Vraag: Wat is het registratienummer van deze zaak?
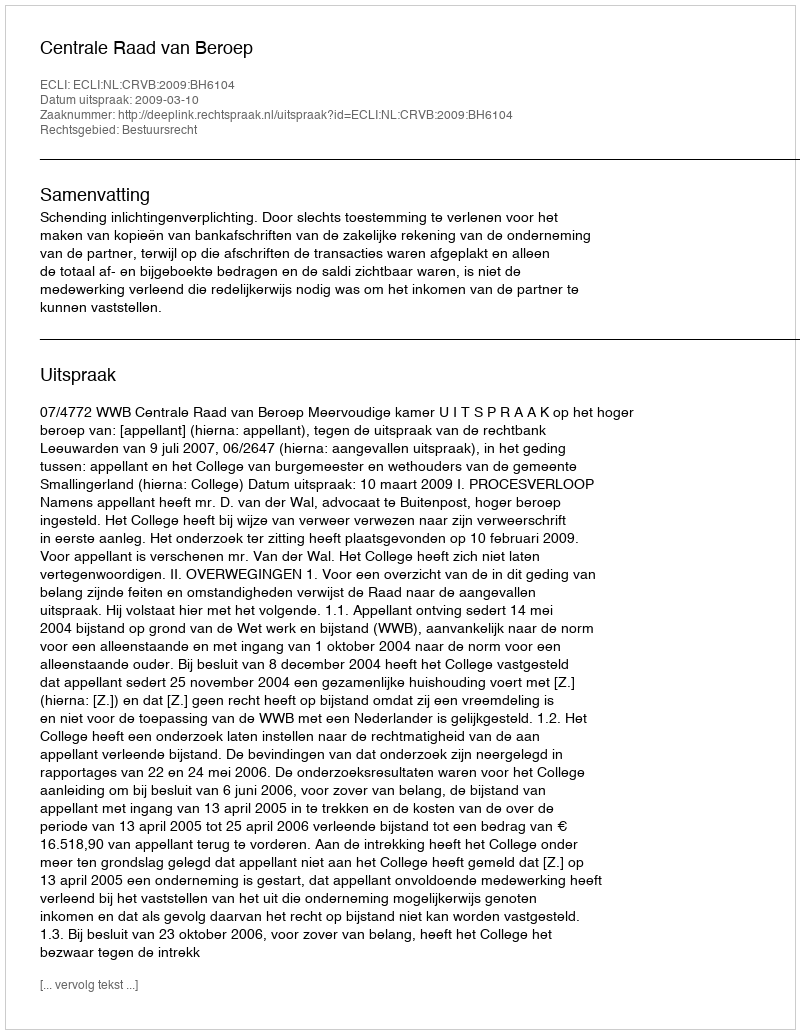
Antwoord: http://deeplink.rechtspraak.nl/uitspraak?id=ECLI:NL:CRVB:2009:BH6104